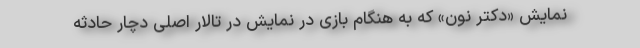
نمایش «دکتر نون» که به هنگام بازی در نمایش در تالار اصلی دچار حادثه